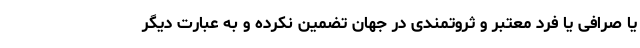
یا صرافی یا فرد معتبر و ثروتمندی در جهان تضمین نکرده و به عبارت دیگر